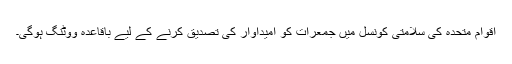
اقوام متحدہ کی سلامتی کونسل میں جمعرات کو امیداوار کی تصدیق کرنے کے لیے باقاعدہ ووٹنگ ہوگی۔